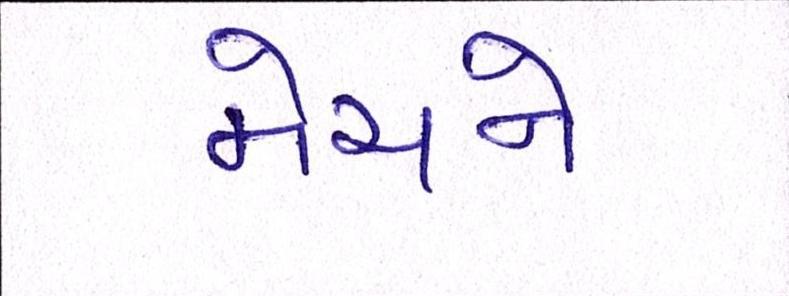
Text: મેચને